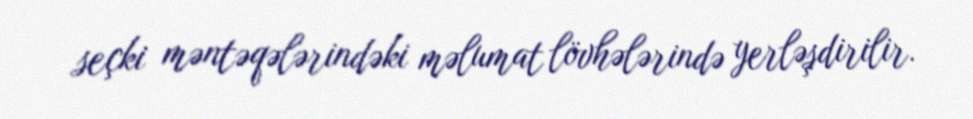
seçki məntəqələrindəki məlumat lövhələrində yerləşdirilir.